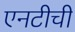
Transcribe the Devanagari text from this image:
एनटीची